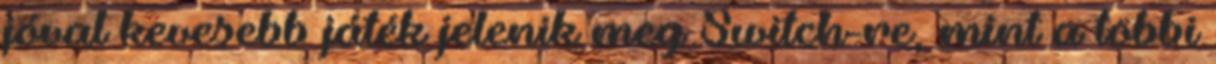
jóval kevesebb játék jelenik meg Switch-re, mint a többi